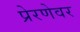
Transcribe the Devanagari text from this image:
प्रेरणेवर